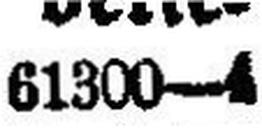
61300—4